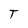
Character: T